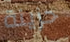
حزينة